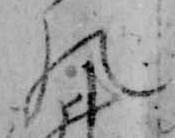
の